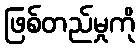
ဖြစ်တည်မှုကို